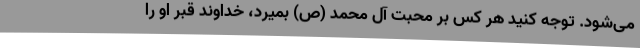
می‌شود. توجه کنید هر کس بر محبت آل محمد (ص) بمیرد، خداوند قبر او را